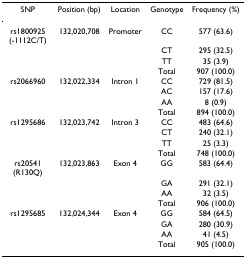
<table><thead><tr><td><b>SNP</b></td><td><b>Position (bp)</b></td><td><b>Location</b></td><td><b>Genotype</b></td><td><b>Frequency (%)</b></td></tr></thead><tbody><tr><td>rs1800925 (-1112C/T)</td><td>132,020,708</td><td>Promoter</td><td>CC</td><td>577 (63.6)</td></tr><tr><td></td><td></td><td></td><td>CT</td><td>295 (32.5)</td></tr><tr><td></td><td></td><td></td><td>TT</td><td>35 (3.9)</td></tr><tr><td></td><td></td><td></td><td>Total</td><td>907 (100.0)</td></tr><tr><td>rs2066960</td><td>132,022,334</td><td>Intron 1</td><td>CC</td><td>729 (81.5)</td></tr><tr><td></td><td></td><td></td><td>AC</td><td>157 (17.6)</td></tr><tr><td></td><td></td><td></td><td>AA</td><td>8 (0.9)</td></tr><tr><td></td><td></td><td></td><td>Total</td><td>894 (100.0)</td></tr><tr><td>rs1295686</td><td>132,023,742</td><td>Intron 3</td><td>CC</td><td>483 (64.6)</td></tr><tr><td></td><td></td><td></td><td>CT</td><td>240 (32.1)</td></tr><tr><td></td><td></td><td></td><td>TT</td><td>25 (3.3)</td></tr><tr><td></td><td></td><td></td><td>Total</td><td>748 (100.0)</td></tr><tr><td>rs20541 (R130Q)</td><td>132,023,863</td><td>Exon 4</td><td>GG</td><td>583 (64.4)</td></tr><tr><td></td><td></td><td></td><td>GA</td><td>291 (32.1)</td></tr><tr><td></td><td></td><td></td><td>AA</td><td>32 (3.5)</td></tr><tr><td></td><td></td><td></td><td>Total</td><td>906 (100.0)</td></tr><tr><td>rs1295685</td><td>132,024,344</td><td>Exon 4</td><td>GG</td><td>584 (64.5)</td></tr><tr><td></td><td></td><td></td><td>GA</td><td>280 (30.9)</td></tr><tr><td></td><td></td><td></td><td>AA</td><td>41 (4.5)</td></tr><tr><td></td><td></td><td></td><td>Total</td><td>905 (100.0)</td></tr></tbody></table>